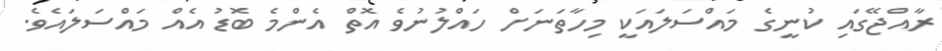
ރާއްޖޭގައި ކުނީގެ މައްސަލައަކީ މިހާތަނަށް ހައްލުނުވެ އޮތް އެންމެ ބޮޑު އެއް މައްސަލައެވެ.